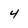
Character: 4